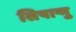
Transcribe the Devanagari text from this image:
सिपान्गु